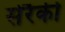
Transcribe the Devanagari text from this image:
सेरैकी